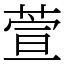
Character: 萱